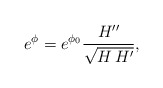
\begin{align*}e^\phi = e^{\phi_0} \frac{H''}{\sqrt {H\,H'}},\end{align*}